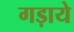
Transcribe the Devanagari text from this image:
गड़ाये